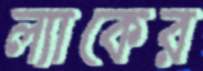
ল্যাকের